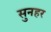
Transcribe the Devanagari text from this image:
सुनहर